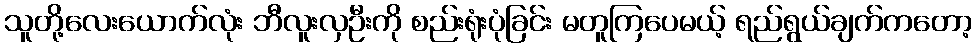
သူတို့လေးယောက်လုံး ဘီလူးလှဦးကို စည်းရုံးပုံခြင်း မတူကြပေမယ့် ရည်ရွယ်ချက်ကတော့